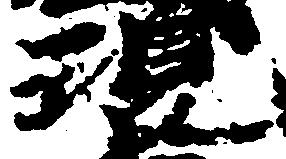
現